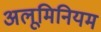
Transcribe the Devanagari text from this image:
अलूमिनियम